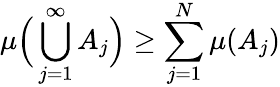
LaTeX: \mu{\Big(}\bigcup_{j=1}^{\infty}A_{j}{\Big)}\geq\sum_{j=1}^{N}\mu(A_{j})